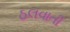
ઠલવાતી